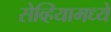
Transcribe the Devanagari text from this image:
सेव्हियामध्ये